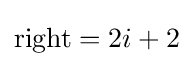
{\text{right}}=2i+2